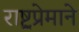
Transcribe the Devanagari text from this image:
राष्ट्रप्रेमाने